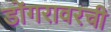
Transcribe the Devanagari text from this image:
डोंगरावरची